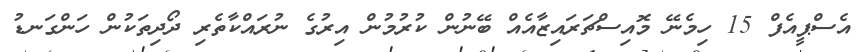
އެސްޕީއެފް 15 ހިމެނޭ މޮއިސްޗަރައިޒާއެއް ބޭނުން ކުރުމުން އިރުގެ ނުރައްކާތެރި ދޯދިތަކުން ހަންގަނޑު